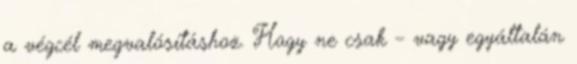
a végcél megvalósításhoz. Hogy ne csak – vagy egyáltalán